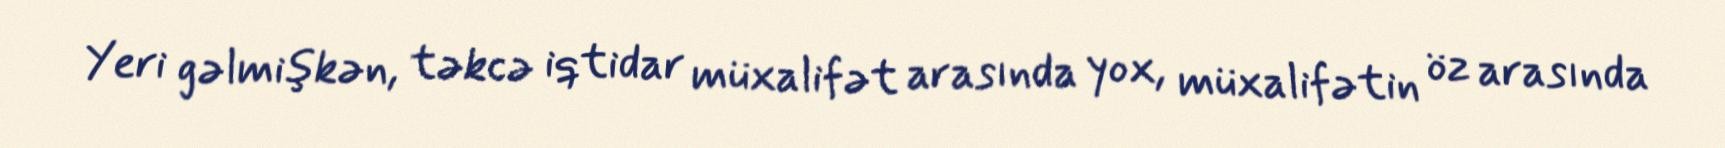
Yeri gəlmişkən, təkcə iqtidar müxalifət arasında yox, müxalifətin öz arasında